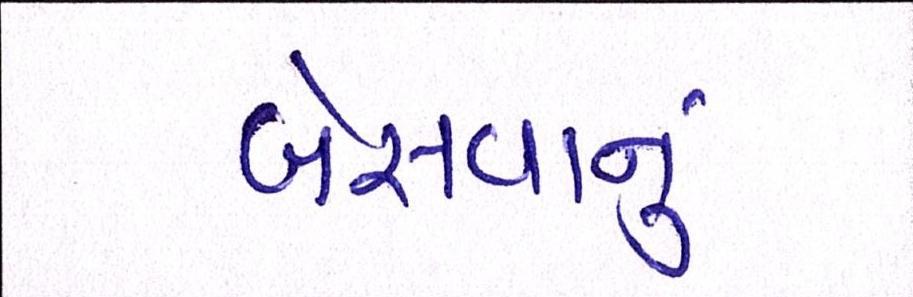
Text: બેસવાનું